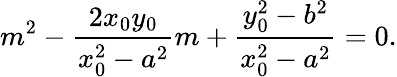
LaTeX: m^{2}-{\frac{2x_{0}y_{0}}{x_{0}^{2}-a^{2}}}m+{\frac{y_{0}^{2}-b^{2}}{x_{0}^{2}-a^{2}}}=0.